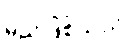
မည်ဖြစ်သည်။